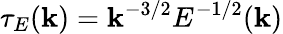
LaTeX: \tau_{E}(\mathbf{k})=\mathbf{k}^{-3/2}E^{-1/2}(\mathbf{k})